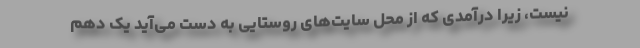
نیست، زیرا درآمدی که از محل سایت‌های روستایی به دست می‌آید یک دهم